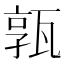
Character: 𤭞